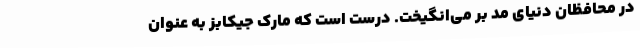
در محافظانِ دنیای مد بر می‌انگیخت. درست است که مارک جیکابز به عنوان